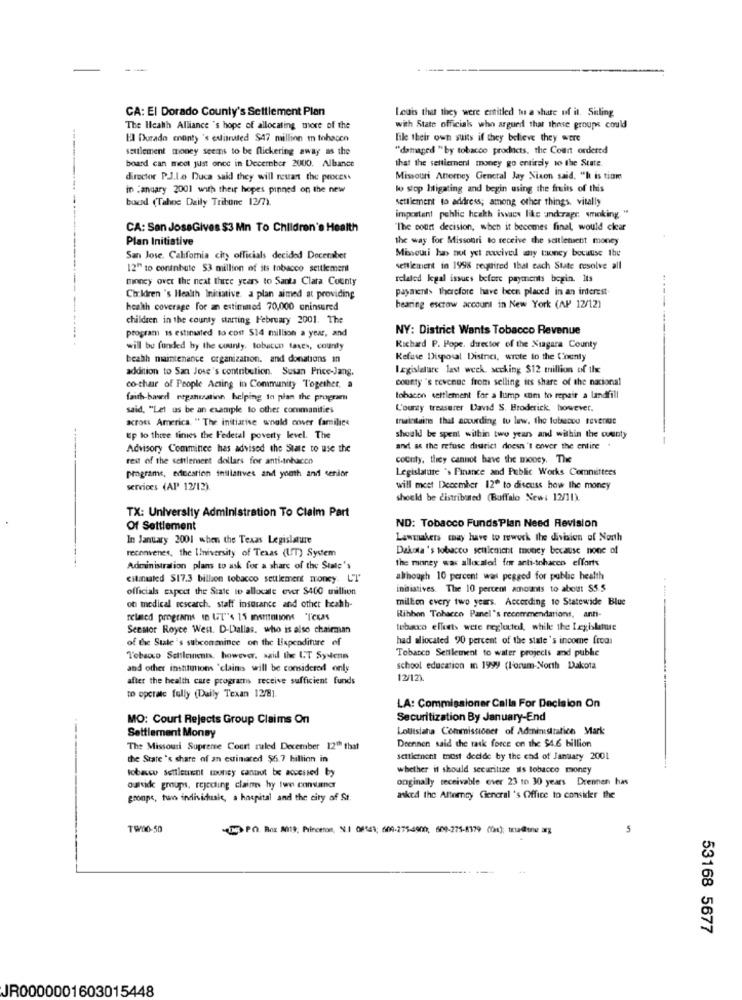
CA: El Dorado County's Settlement Plan
Ledis that they were entitled to a share of it. Siling
The Health Alliance 's hope of allocating more of the
with State officials who argued that these groups could
El Dourado enonty's extiruted $47 million m tohacen
file their own suits if they believe they were
seulement money seems to be flickering away as the
"damaged "by tobacco products, the Court ordered
board can moet just once in December 2000. Albance
that the settlement money go entirely to the State
director P.J.Lo Duca said they will resant the process
Missouri Attorney General Jay Nixon said, "h is tiom
in January 2001 with their hopes pinned on the new
lo stop htigating and begin using the fruits of this
bound (Tahoe Daily Tribune 12/7).
settlement to address; among other things, vitally
important pehlic heakh issacs like andrapr smoking. "
CA: San JoseGives $3 Mn To Children's Health
"The court decision, when it becomes final, would clear
Plan Initiative
the way for Missouri to receive the settletuent money
San Jose, California city officials decided Doceraber
Missouri has not yet acived any money because the
12" to coninbute 53 million of its tobacco settlement
settlement in 1998 required that each State resolve all
money over the next three years to Santa Clara County
related legal issues before payments begin. Its
payaient> therefore have been placed in an interest-
Children 's Health Initiative. a plan aimed at providing
health coverage for an estimmed 70,000 uninsured
hearing escrow account in New York (AP 12/12)
children in the county starting February 2001. The
NY: District Wants Tobacco Revenue
program is estimated lo con $14 million a year, and
will be funded by the county, tobacco taxes, county
Richard P. Pope. director of the Niagara County
beach maintenance organizanon, and donations in
Refuse Disposal District, wrote to the County
addition to San Jose's contribution. Susan Price-Jang.
legislature last week. secking $12 million of the
county 's revenue from selling its share of the nacional
co-chair of People Acting in Community Together, a
faith-based neganisation helping to plan the program
lohacon settlement for a lump enm to repair a landfill
said, "Let us be an example to other commanities
L'ounty treasurer Davad S. Broderick, however.
across America. " The initiative would cover families
traintains that according to law. the fotsecou revenue
Ep lo thite finies the Federal poverty level. The
should be spent within two year and within the county
Advisory Committee has advised the State to use the
and as the refuse district doesn't cover the entire .
rest of the settlement dollars for anti-inhacco
county, they cannot have the money. The
Legislature 's Finance and Public Works Committees
programs, education inillanves and youth and senior
services (AP 12/12)
will meet December 12" to discuss how the money
should be distributed (Buffalo New: 12/11).
TX: University Administration To Claim Part
Of Settlement
ND: Tobacco Funds Plan Need Revision
In January 2001 when the Texas Legislature
Lawmakers may have to rework the division of Noch
reconvenes, the University of Texas (UT) System
Dakota 's tobacco settlement money because none of
the money was allocated fer anti-tehacen efforts
Administration plans to ask for a share of the State's
citinated $17.3 billion tobacco settlement money. LT
although 10 percent was pegged for public health
officials expect the State to allocate ever $400 million
initiatives. The 10 percent amounts to about $5.5
million every two years. According to Statewide Blue
of medical research. staff insurance and other heahh-
Ribbon Tobacco Panel's recommendations, anti-
SeeMor Royce West. D-Dallas. who is also chairman
tebaxo ellotts were neglected, while the Legislature
of the State's subconenince on the LExpenditure of
had allocated 90 percent of the state's income frodi
Tobacco Settlement to water projects and pubhe
Tobacco Settlements. however, said the UT Syvdenn
and other institutions 'claims will be considered only
school education in 1999 (l'orum-North Dakota
after the health care programs receive sufficient funds
12/12)
to operate fully (Daily Texan 12/81.
LA: Commissioner Calla For Decision On
MO: Court Rejects Group Claims On
Securitization By January-End
Loutsiana Commissioner of Administtatich Marke
Settlement Money
Drennen said the task force on the $4.6 billion
The Missouri Supreme Court ruled December 12" that
the State 's share of an estimated $6.7 billion in
settichnent tnost decide by the end of January 2001
tobacco settlement tounsy cannot be accessed by
whether it should securitize ils tobacco money
onginally receivable ever 23 to 30 years Drennen has
outside groups, rejecting claims hy twe consumer
groups, twin individuale, a hospital and the city of St.
asked the Attorney General 's Office to consider the
TW/00-50
- PO. Box 8019: Princeton, N.I 08149; 600-275-4900, 609-275-8179 (0n); tria@lune arg
5
53168 5677
JR0000001603015448